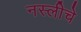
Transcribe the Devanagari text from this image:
नस्लीचे